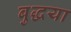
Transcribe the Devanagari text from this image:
बुद्धया